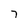
Character: 7